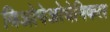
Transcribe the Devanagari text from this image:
बिओगेओचेमिकल